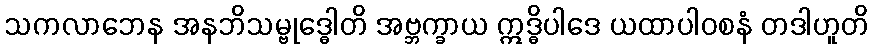
သကလာဘေန အနဘိသမ္ဗုဒ္ဓေါတိ အဗ္ဘက္ခာယ ဣဒ္ဓိပါဒေ ယထာပါဝစနံ တဒါဟူတိ